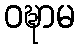
ဝဍ္ဎာမ